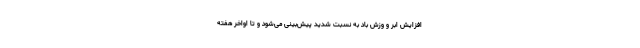
افزایش ابر و وزش باد به نسبت شدید پیش‌بینی می‌شود و تا اواخر هفته